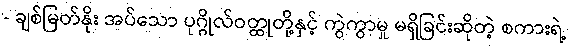
- ချစ်မြတ်နိုး အပ်သော ပုဂ္ဂိုလ်ဝတ္ထုတို့နှင့် ကွဲကွာမှု မရှိခြင်းဆိုတဲ့ စကားရဲ့